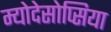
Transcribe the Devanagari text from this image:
म्योदेसोप्सिया